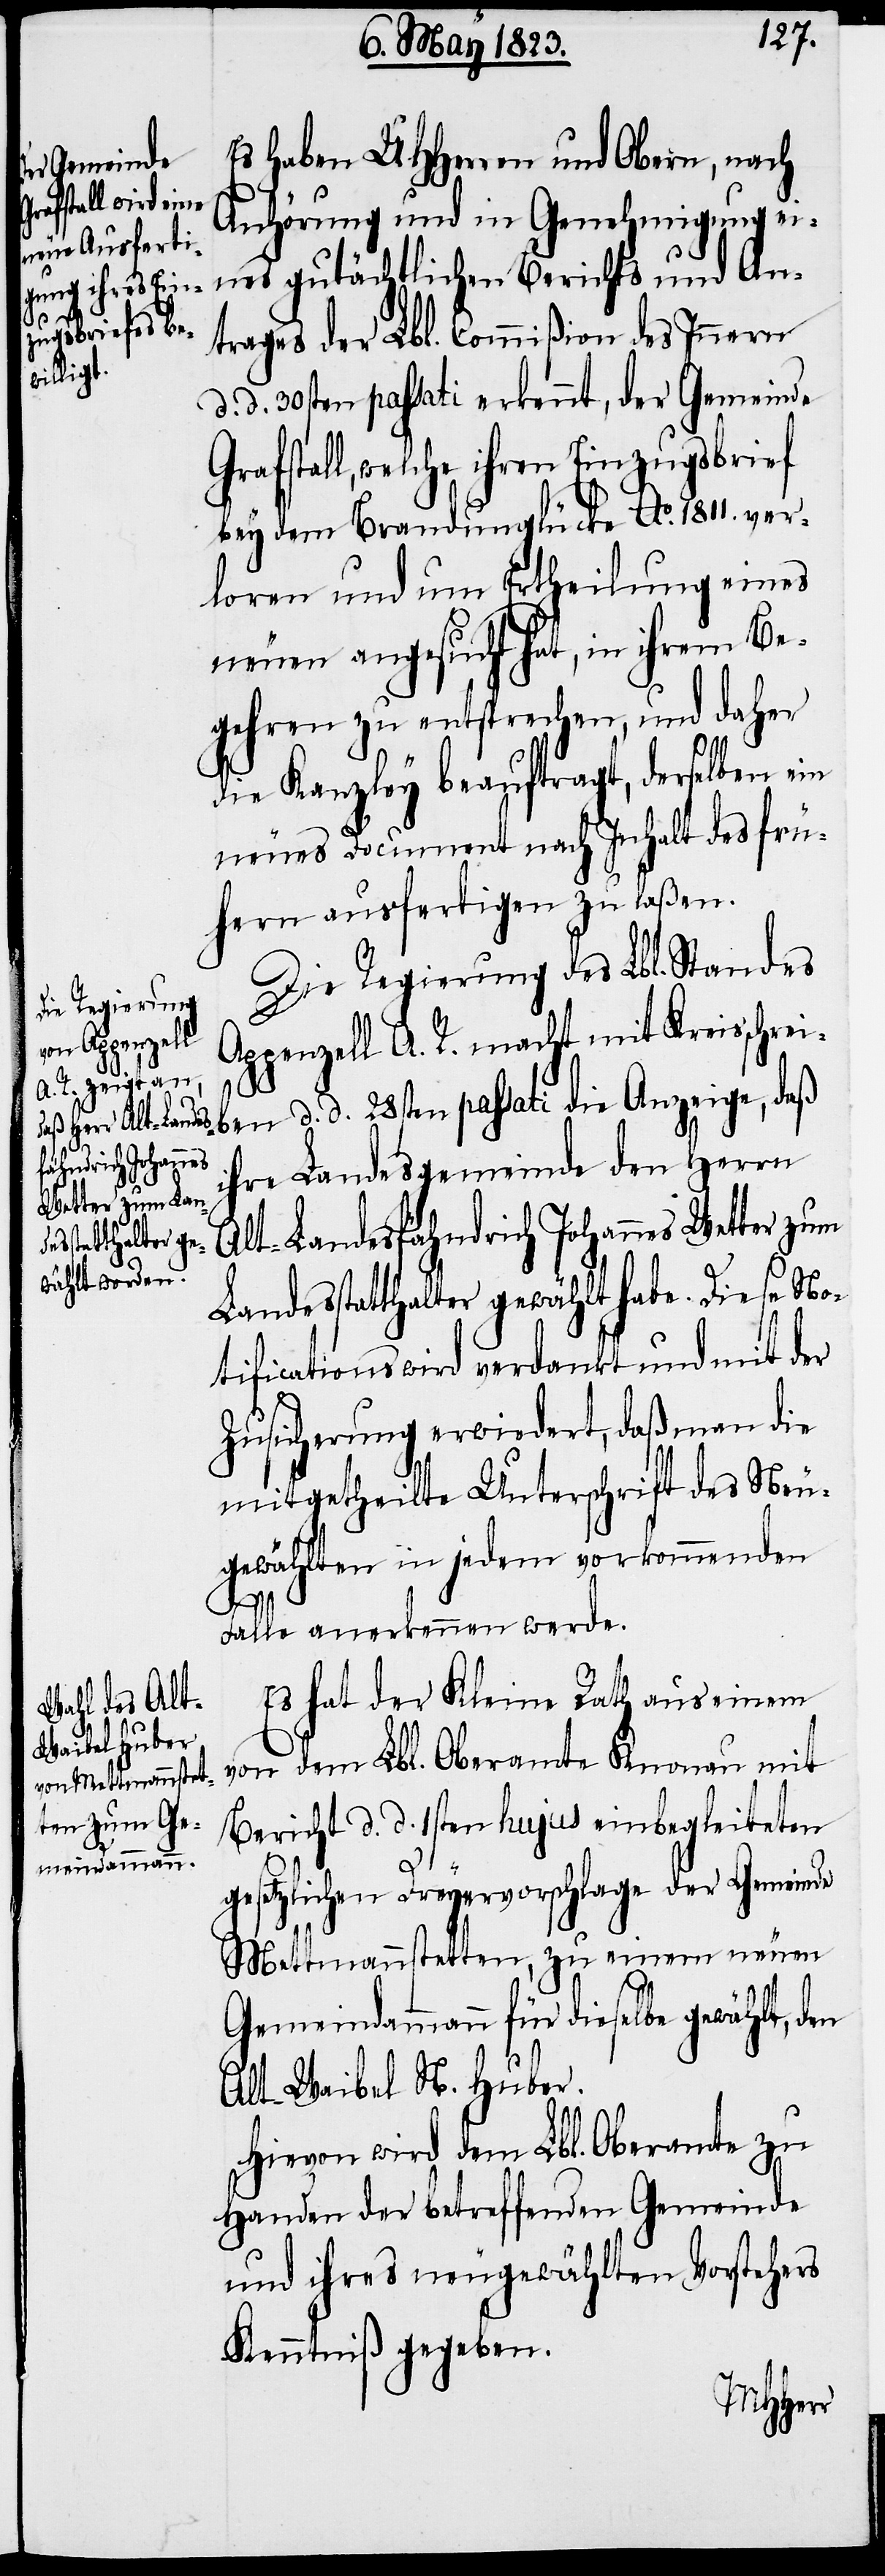
Es haben UHHerren und Obern, nach
Anhörung und in Genehmigung ei¬
nes gutächtlichen Berichts und An¬
trages der Lbl. Commißion des Innern
d. d. 30sten passati erkennt, der Gemeinde
welche ihren Einzugsbrief
bey dem Brandunglücke Ao. 1811. ver¬
loren und um Ertheilung eines
neuen angesucht hat, in ihrem Be¬
gehren zu entsprechen, und daher
die Kanzley beauftragt, derselben ein
neues Document nach Inhalt des frü¬
hern ausfertigen zu laßen.
Die Regierung des Lbl. Standes
Appenzell A. R. macht mit Kreisschrei¬
ben d. d. 28sten passati die Anzeige, daß
ihre Landesgemeinde den Herrn
Alt-Landesfähndrich Johannes Wetter zum
Landesstatthalter gewählt habe. Diese
[sic!] wird verdankt und mit der
Zusicherung erwiedert, daß man die
mitgetheilte Unterschrift des Neu¬
gewählten in jedem vorkommenden
Falle anerkennen werde.
Es hat der Kleine Rath aus einem
von dem Lbl. Oberamte Knonau mit
Bericht d. d. 1sten hujus einbegleiteten
setzlichen Dreyervorschlage der Gemeinde
ge¬
Mettmannstetten, zu einem neuen
Gemeindammann für dieselbe gewählt, den
Alt-Waibel N. Huber.
Hievon wird dem Lbl. Oberamte zu
Handen der betreffenden Gemeinde
und ihres neugewählten Vorstehers
Kenntniß gegeben.